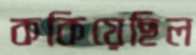
ককিয়েছিল